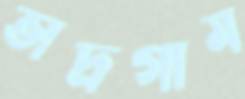
ভাদ্রগাম